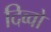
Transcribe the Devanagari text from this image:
दिव्वो